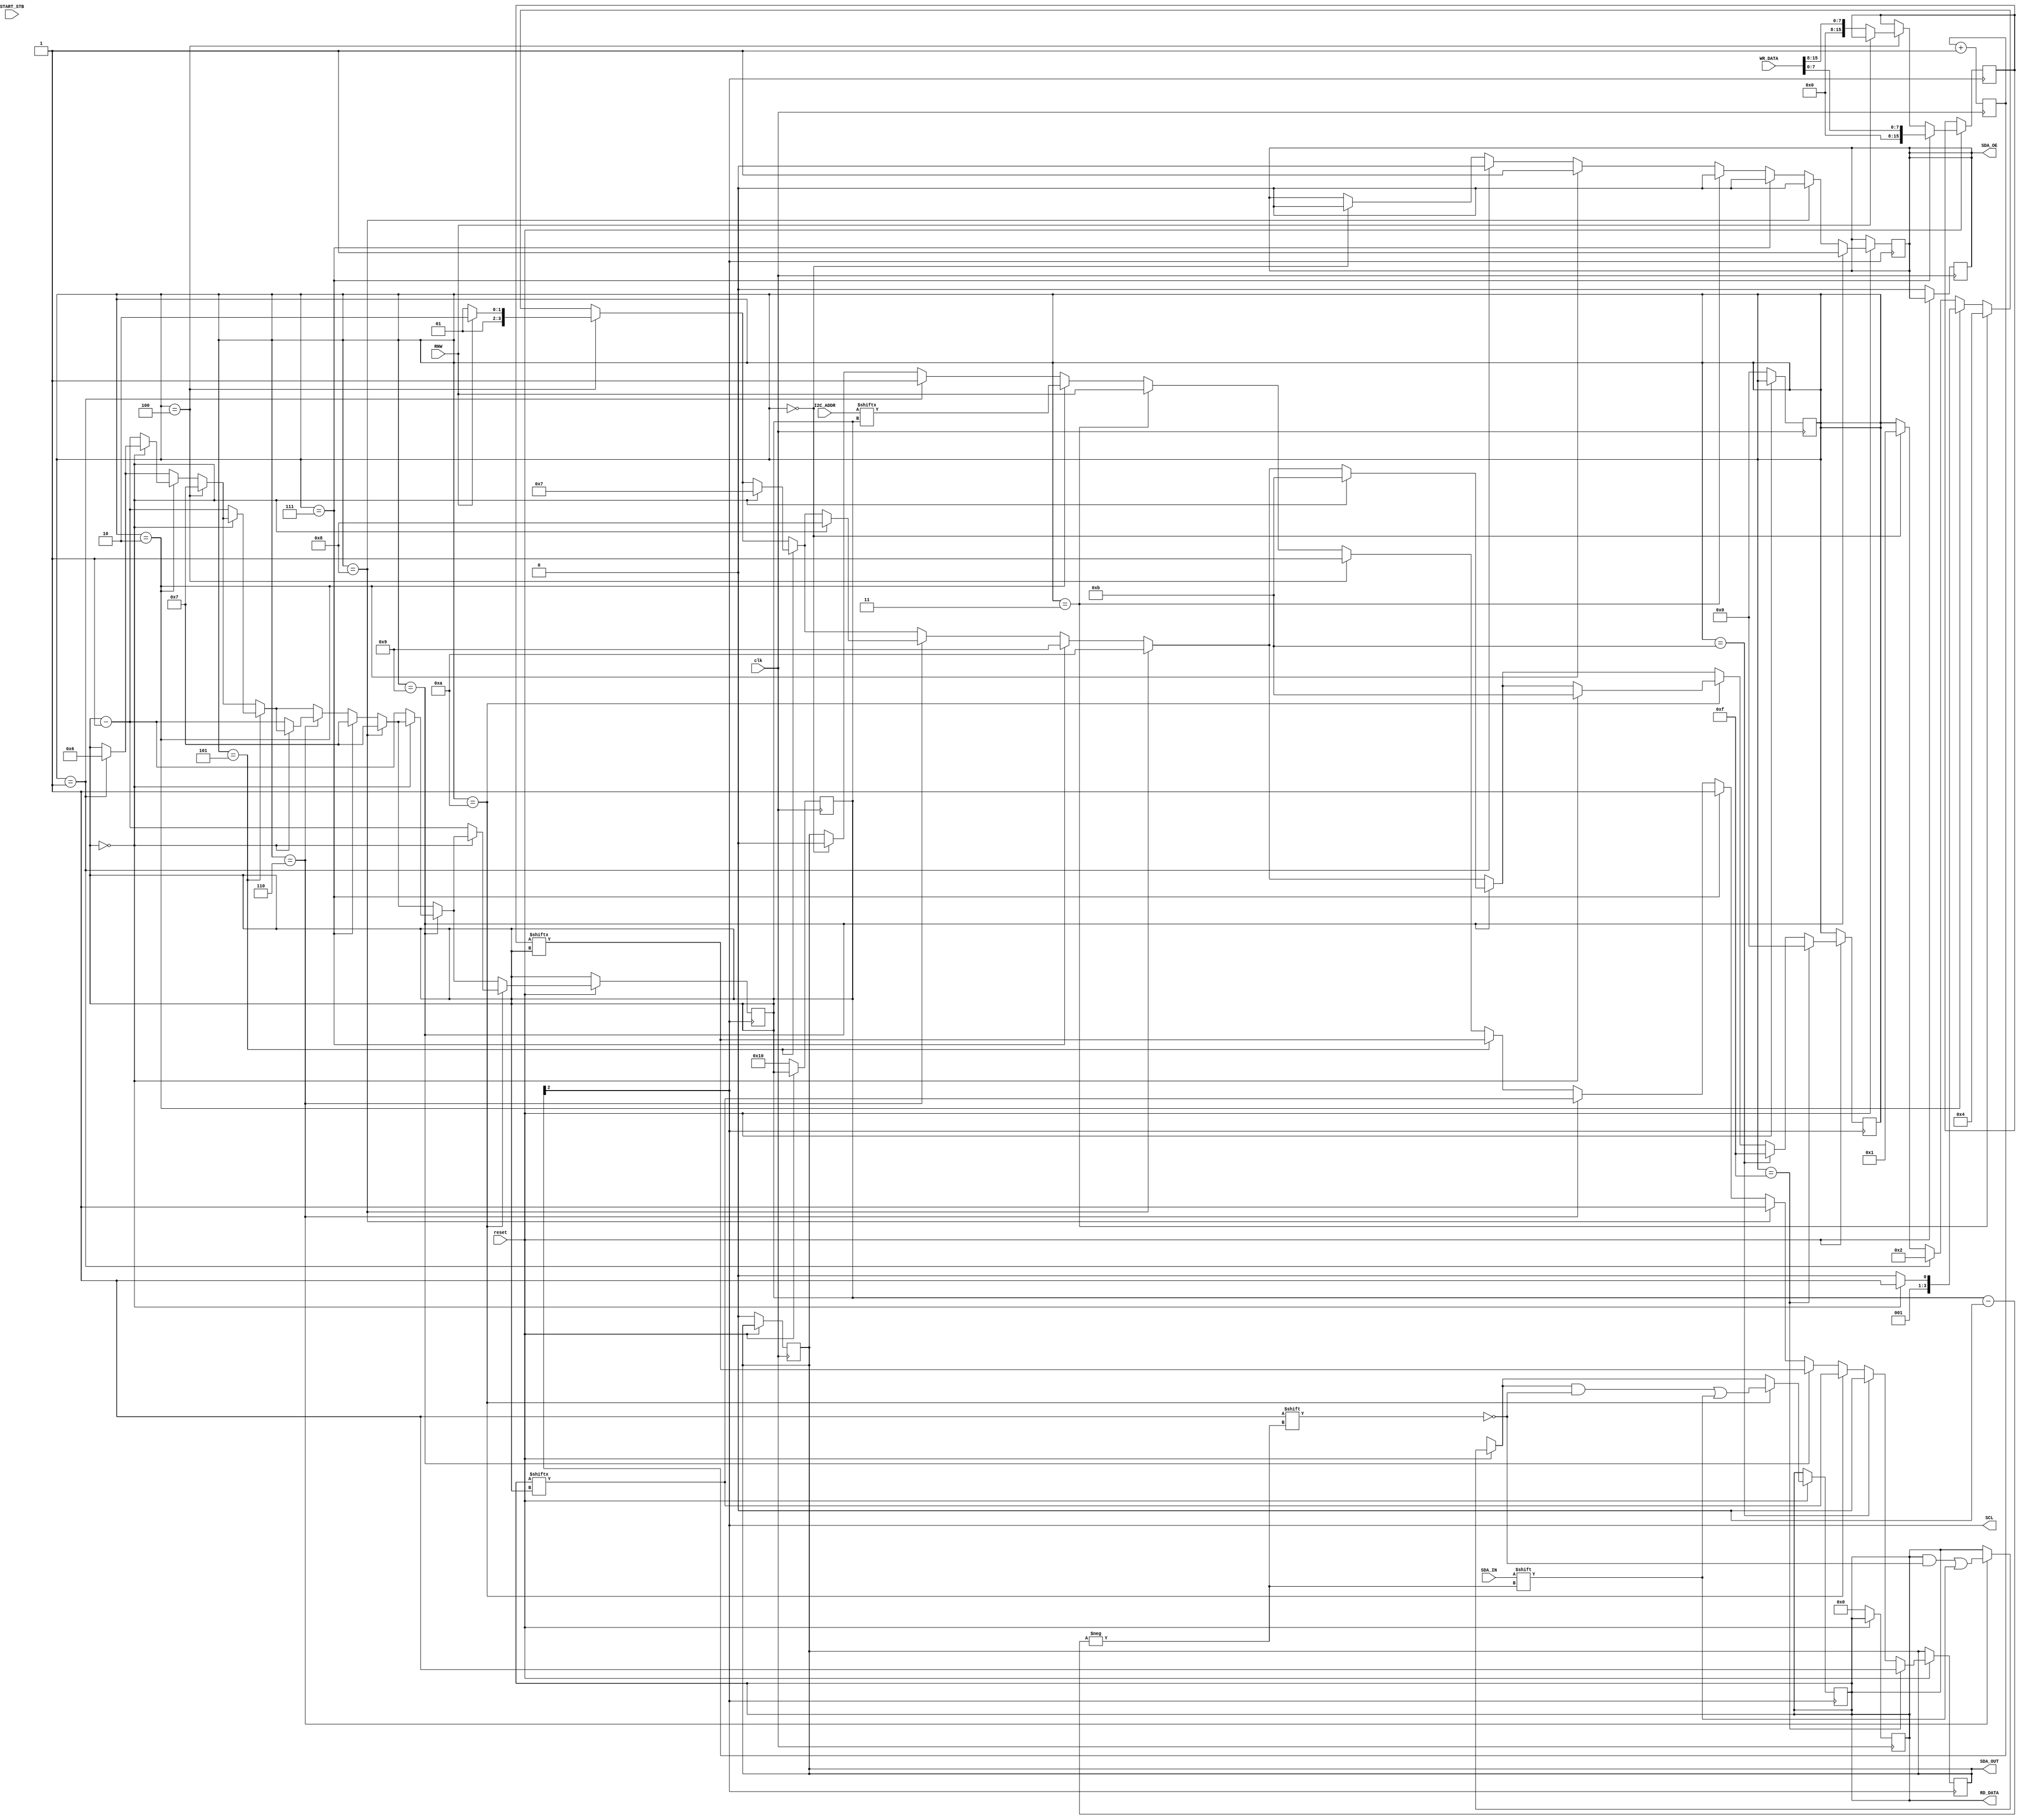
module maquina_estado  (input clk,
                        input reset, 
                        input START_STB,
                        input RNW,
                        input SDA_IN,
                        input [6:0]I2C_ADDR,
                        input [15:0]WR_DATA, 
                        output SCL, 
                        output reg SDA_OUT, 
                        output reg SDA_OE, 
                        output reg [15:0]RD_DATA);

    // Los estados:

    // IDLE             -->     0000
    // START            -->     0001
    // SLAVE ADDRESS    -->     0010 
    // Read/write       -->     0011
    // ACK              -->     0100
    // DATA_W           -->     0101
    // DATA_R           -->     0110
    // A_W              -->     0111
    // A_R              -->     1000
    // DATA_R_2         -->     1001
    // NA               -->     1010
    // P                -->     1111

    
    
    reg [3:0] state;
    reg [15:0] Count;
    reg RW;
    reg [15:0] guardar_data;



    reg [3:0] q = 4'b0000;
    always@(posedge clk) begin
        q = q + 1'b1;
    end
    assign SCL = q[2];

    // Si reset no es igual a 1, pone las salidas en 0.
    always @(posedge clk) begin
        if (~reset) begin
            RD_DATA <= 16'h0000;
            SDA_OUT <= 0;
            SDA_OE <= 1'b0;
            state <= 4'b0000;
            Count <= 7'b0000000;
            Count <= 16'd16;
        end
    end

    always @(posedge SCL)begin

        if (reset) begin


                // Estado #1, IDLE
            if (state == 4'b0000)begin
                SDA_OUT <= 0;
                state <= 4'b0001; 
                SDA_OE <= 0;
            end

                // Estado #2, START
            if (state == 4'b0001) begin
                state <= 4'b0010;
                Count <= 6;    
                SDA_OE <= 0;     // Este contador leer el MSB del I2C_ADDR
                SDA_OUT <= 1;
            end

                // Estado #3, SALVE ADDRESSS
            if (state == 4'b0010)begin
                
                state <= 4'b0010;
                SDA_OUT <= I2C_ADDR[Count]; // Convierte el I2C ADDR en serie y lo pone en SDA OUT
                SDA_OE <= 1;

                if (Count == 0) begin
                    state <= 4'b0011;
                end else begin
                    Count <= Count - 1;
                end
            end

                // Estado #4, Read/write
            if (state == 4'b0011)begin
                SDA_OE <= 0;
                SDA_OUT <= RNW;  // Se pone en alto cuando hay una transaccion de lectura
                state <= 4'b0100;
            end

                // Estado #5, ACK
            if (state == 4'b0100) begin
                RW = RNW;
                SDA_OUT <= 1;
                if (RW == 0)begin   // Modo de Escritura
                    state <= 4'b0101; 
                    Count <= 7;
                    guardar_data <= WR_DATA[15:8];
 
              
                end else if (RW == 1) begin  // Modo de Lectura
                    state <= 4'b0110;
                    Count <= 7;

                end
            end

                // Estado #6, estado de escritura (DATA_WRITE)
            if (state == 4'b0101) begin
                SDA_OUT <= guardar_data[Count];  // Convierte el WR DATA  en serie y lo pone en SDA OUT
                if (Count == 0) begin              // Para los primeros 8 bits
                    state <= 4'b0111;
                end else begin
                    Count <= Count - 1;
                end

            end

                // Estado #7, estado de lectura (DATA_READ)
            if (state == 4'b0110) begin
                RD_DATA[Count] <= SDA_IN;   // Convierte el SDA IN en paralelo y lo pone en RD DATA
                SDA_OUT <= RD_DATA[Count];  // para los primeros 8 bits
                if (Count == 0) begin
                    state <= 4'b1000;
                end else begin
                    Count <= Count - 1;
                end

            end

                // Estado #8, ACK de escritura
            if (state == 4'b0111) begin
                SDA_OUT <= 1;
                SDA_OE <= 0;
                state <= 4'b1001;
                guardar_data <= WR_DATA[7:0];
                Count <= 7;
            end

                // Estado #9, ACK de Lectura
            if (state == 4'b1000) begin
                SDA_OUT <= 1;
                SDA_OE <= 0;
                state <= 4'b1010;
                Count <= 7;
            end

                // Estado #10, DATA_W_COMPLETO
            if(state == 4'b1001) begin
                SDA_OUT <= guardar_data[Count];  // Convierte el WR DATA  en serie y lo pone en SDA OUT
                SDA_OE <= 1;                    // para los ultimos 8 bits, completando los 16 bits

                if (Count == 0) begin
                    state <= 4'b1011;
                end else begin
                    Count <= Count - 1;
                end
            end

                // Estado #11, DATA_R_COMPLETO
            if (state == 4'b1010) begin
                RD_DATA[Count] <= SDA_IN;   // Convierte el SDA IN en paralelo y lo pone en RD DATA
                SDA_OUT <= RD_DATA[Count];  // para los ultimos 8 bits, completando los 16 bits

                if (Count == 0) begin
                    state <= 4'b1011;
                end else begin
                    Count <= Count - 1;
                end
            end

                // Estado #12, ACK_NEG
            if (state == 4'b1011) begin
                SDA_OUT <= 0;
                state <= 4'b1111;
            end

                // Estado #13, STOP
            if (state == 4'b1111) begin
                SDA_OUT <= 1;
                state <= 4'b0000; // Vuelve al estado inicial.
            end 

        end


    end

endmodule